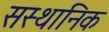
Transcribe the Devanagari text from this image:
सस्थानिक